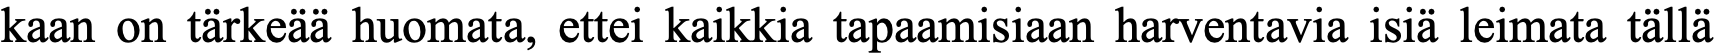
kaan on tärkeää huomata, ettei kaikkia tapaamisiaan harventavia isiä leimata tällä